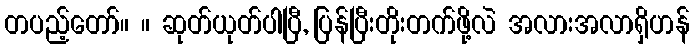
တပည့်တော်။ ။ ဆုတ်ယုတ်ပါပြီ, ပြန်ပြီးတိုးတက်ဖို့လဲ အလားအလာရှိဟန်